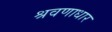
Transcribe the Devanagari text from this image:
श्रवणाधार